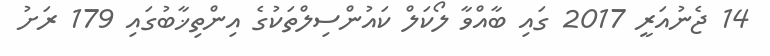
14 ޖެނުއަރީ 2017 ގައި ބާއްވާ ލޯކަލް ކައުންސިލްތަކުގެ އިންތިޚާބުގައި 179 ރަށު